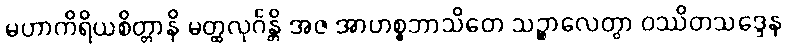
မဟာကိရိယစိတ္တာနိ မတ္ထလုင်္ဂန္တိ အဇ အာဟစ္စဘာသိတေ သဉ္စာလေတွာ ဝဿိတသဒ္ဒေန